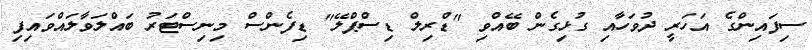
ސިފައިންގެ އަހަރީ ދުވަހާއި ގުޅިގެން ބޭއްވި "ޑްރިލް ޑިސްޕްލޭ" ޑިފެންސް މިނިސްޓަރު ބައްލަވާލައްވައިފި